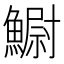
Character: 䲁